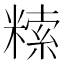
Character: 𥻨